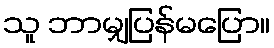
သူ ဘာမျှပြန်မပြော။